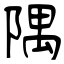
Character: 隅